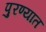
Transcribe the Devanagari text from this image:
पुरण्यात